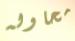
محاوله